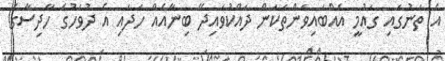
އެ ތަނުގައި ގައުމީ އެއްބައިވަންތަކަން ދައްކުވައިދޭ ބިނާއެއް ހަދައި އެ ދުވަހުގެ ހާދިސާގެ